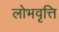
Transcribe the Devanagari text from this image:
लोभवृत्ति